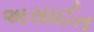
અસાઈત